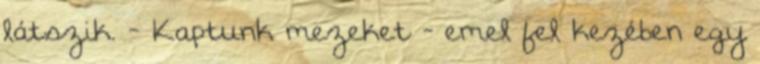
látszik. - Kaptunk mezeket - emel fel kezében egy